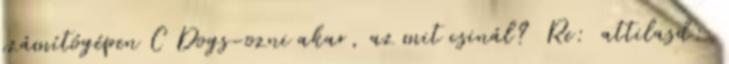
számítógépen C Dogs-ozni akar, az mit csinál? Re: attilasd: